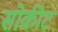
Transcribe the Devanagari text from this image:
सोकीट